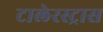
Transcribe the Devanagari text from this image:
टालेरस्ट्रास